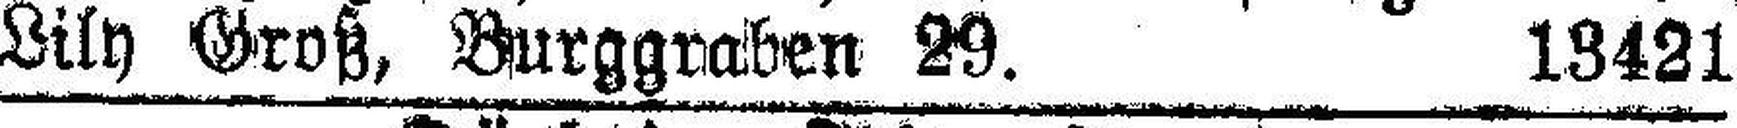
Lily Groß, Burggraben 29. 13421